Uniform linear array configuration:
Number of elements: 48
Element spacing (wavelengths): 0.5
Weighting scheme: cosine
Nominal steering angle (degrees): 60
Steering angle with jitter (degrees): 61.994
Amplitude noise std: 0.05
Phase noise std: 0.05

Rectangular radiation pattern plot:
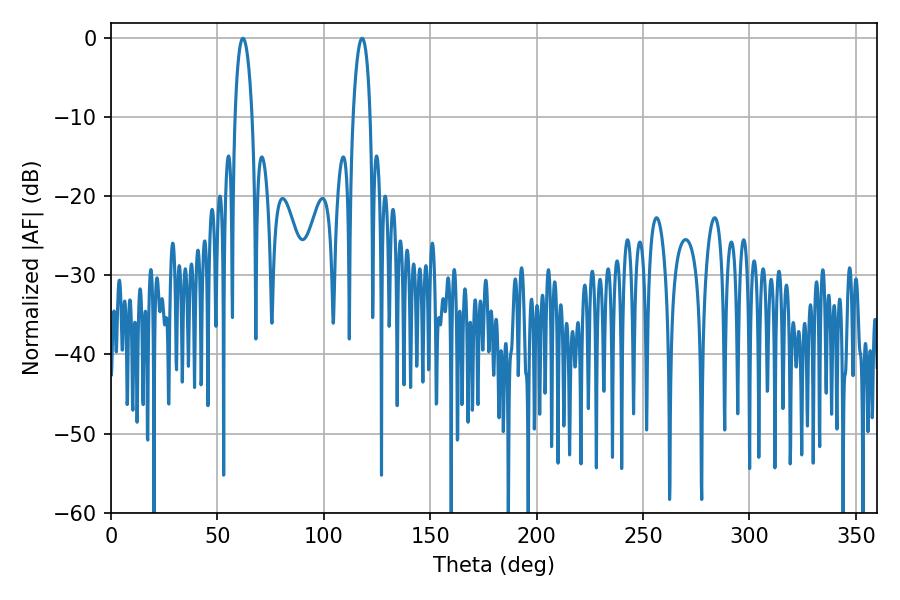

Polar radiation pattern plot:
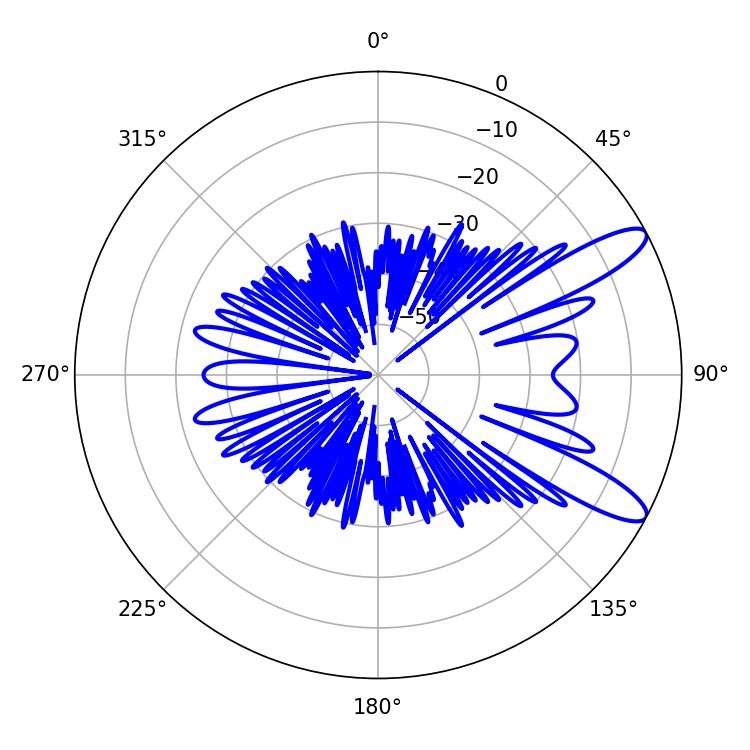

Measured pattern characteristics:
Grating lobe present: FALSE
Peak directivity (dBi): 11.053
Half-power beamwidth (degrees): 4.68
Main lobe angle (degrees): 61.92